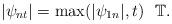
LaTeX: \begin{align*} |\psi_{nt}|=\max(|\psi_{1n}|,t) \ \ \mathbb T. \end{align*}